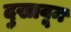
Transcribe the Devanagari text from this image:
दुखावून